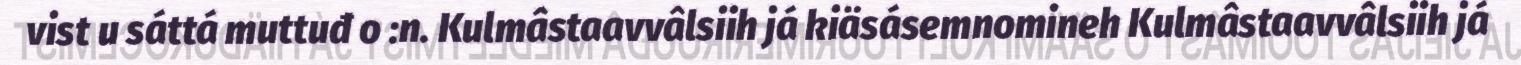
vist u sáttá muttuđ o :n. Kulmâstaavvâlsiih já kiäsásemnomineh Kulmâstaavvâlsiih já